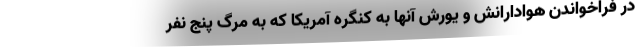
در فراخواندن هوادارانش و یورش آنها به کنگره آمریکا که به مرگ پنج نفر